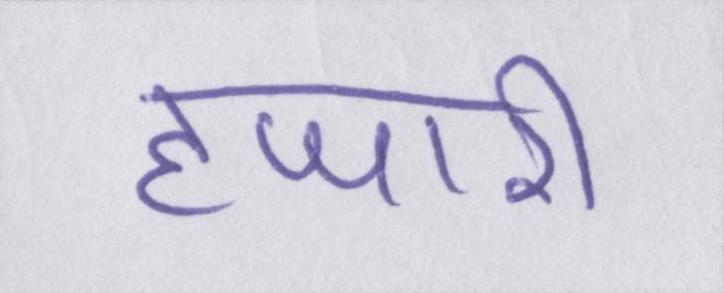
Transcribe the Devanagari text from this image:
हजारी